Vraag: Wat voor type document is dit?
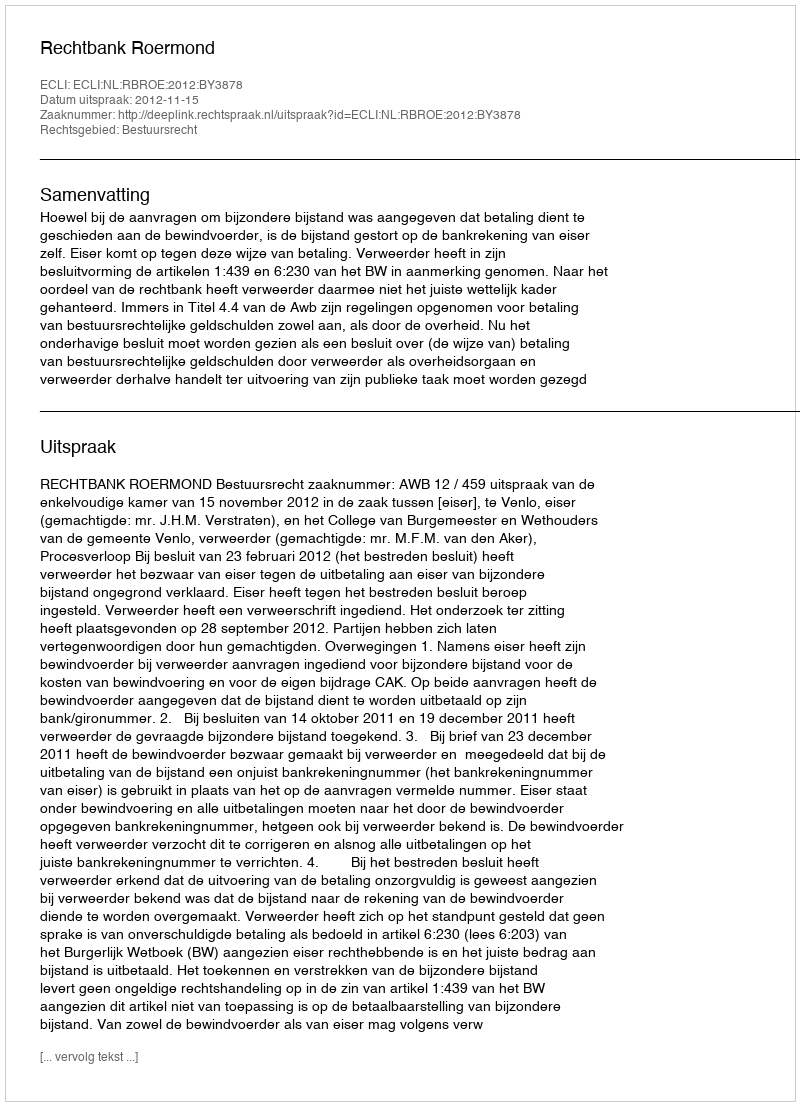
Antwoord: Uitspraak